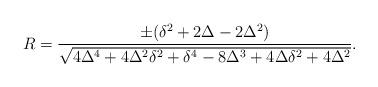
LaTeX: \begin{align*}R = \frac{\pm(\delta^2 + 2\Delta - 2\Delta^2)}{\sqrt{4\Delta^4 + 4\Delta^2\delta^2 + \delta^4 - 8\Delta^3 + 4\Delta\delta^2 + 4\Delta^2}}.\end{align*}